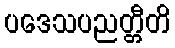
ပဒေသပညတ္တီတိ